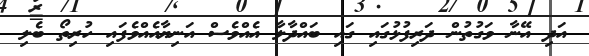
އަދި އޭނާ ވަގުތުން ދަރިފުޅުގައި ގައި ބައްދާލާ އެއްވެސް އަނިޔާއެއްވެފައި ހުރިތޯ ބެލި